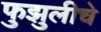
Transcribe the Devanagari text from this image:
फुझुलीचे